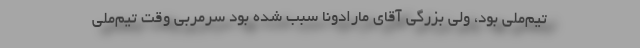
تیم‌ملی بود، ولی بزرگی آقای مارادونا سبب شده بود سرمربی وقت تیم‌ملی